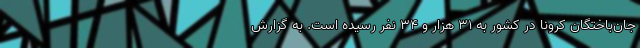
جان‌باختگان کرونا در کشور به ۳۱ هزار و ۳۴ نفر رسیده است. به گزارش